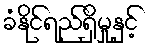
ခံနိုင်ရည်ရှိမှုနှင့်